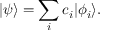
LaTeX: | \psi \rangle = \sum _ { i } c _ { i } | \phi _ { i } \rangle .